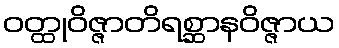
ဝတ္ထုဝိဇ္ဇာတိရစ္ဆာနဝိဇ္ဇာယ